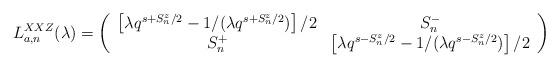
LaTeX: \begin{align*}L_{a,n}^{XXZ}(\lambda )=\left( \begin{array}{cc}\left[ \lambda q^{s+S_{n}^{z}/2}-1/(\lambda q^{s+S_{n}^{z}/2})\right] /2 & S_{n}^{-} \\ S_{n}^{+} & \left[ \lambda q^{s-S_{n}^{z}/2}-1/(\lambda q^{s-S_{n}^{z}/2})\right] /2\end{array}\right)\end{align*}